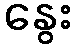
နွေး